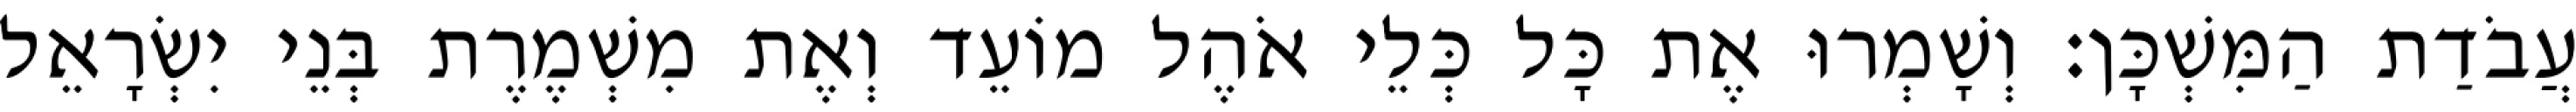
עֲבֹדַת הַמִּשְׁכָּן׃ וְשָׁמְרוּ אֶת כָּל כְּלֵי אֹהֶל מוֹעֵד וְאֶת מִשְׁמֶרֶת בְּנֵי יִשְׂרָאֵל